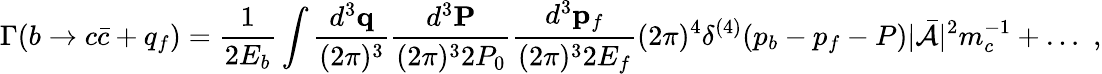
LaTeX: \Gamma(b\rightarrow c\bar{c}+q_{f})=\frac{1}{2E_{b}}\int\frac{d^{3}{\mathbf q}}{(2\pi)^{3}}\frac{d^{3}{\mathbf P}}{(2\pi)^{3}2P_{0}}\frac{d^{3}{\mathbf p}_{f}}{(2\pi)^{3}2E_{f}}(2\pi)^{4}\delta^{(4)}(p_{b}-p_{f}-P)|\bar{\cal A}|^{2}m_{c}^{-1}+\ldots\, \, ,